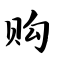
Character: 购